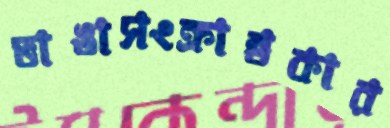
ভাঙাসংক্রান্তকার